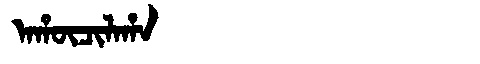
Manchu: ᠠᡥᡡᠴᡳᠯᠠᡥᠠ
Romanization: AHŪCILAHA